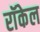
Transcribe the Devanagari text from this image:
राॅकेल